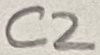
Text: C2